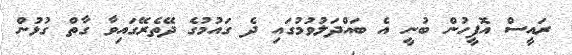
ރައީސް އޮފީހުން ބުނީ އެ ބައްދަލުވުމުގައި ދެ ގައުމުގެ ދޭތެރޭގައިވާ ގާތް ގުޅުން